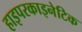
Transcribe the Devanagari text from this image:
हाइपरकाइनेटिक